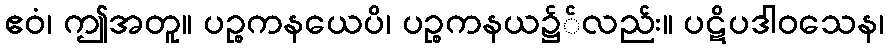
ဧဝံ၊ ဤအတူ။ ပဉ္စကနယေပိ၊ ပဉ္စကနယ၌်လည်း။ ပဋိပဒါဝသေန၊